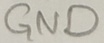
Text: GND